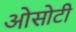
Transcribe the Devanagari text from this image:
ओसोटी